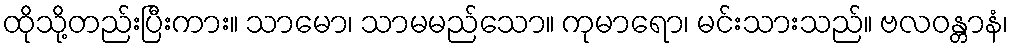
ထိုသို့တည်းပြီးကား။ သာမော၊ သာမမည်သော။ ကုမာရော၊ မင်းသားသည်။ ဗလဝန္တာနံ၊